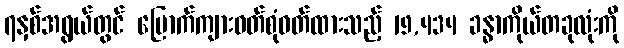
၇နှစ်အရွယ်တွင် ပြောက်ကျားဝတ်စုံဝတ်ထားသည့် 19,434 ခန္ဓာကိုယ်တခုလုံးကို